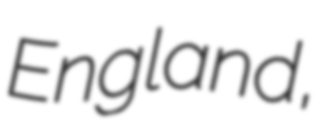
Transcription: England,